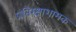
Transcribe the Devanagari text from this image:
प्रतिरक्षाशामक